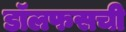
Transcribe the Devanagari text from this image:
डॉलफसची